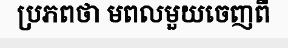
ប្រភពថា មពលមួយចេញពី